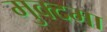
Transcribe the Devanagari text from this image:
मुक्दमा